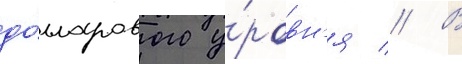
до́лларового у́ровн'я // В